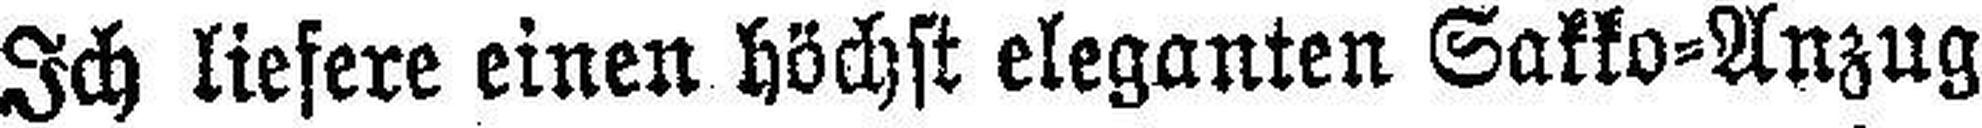
Ich liefere einen höchst eleganten Sakko-Anzug